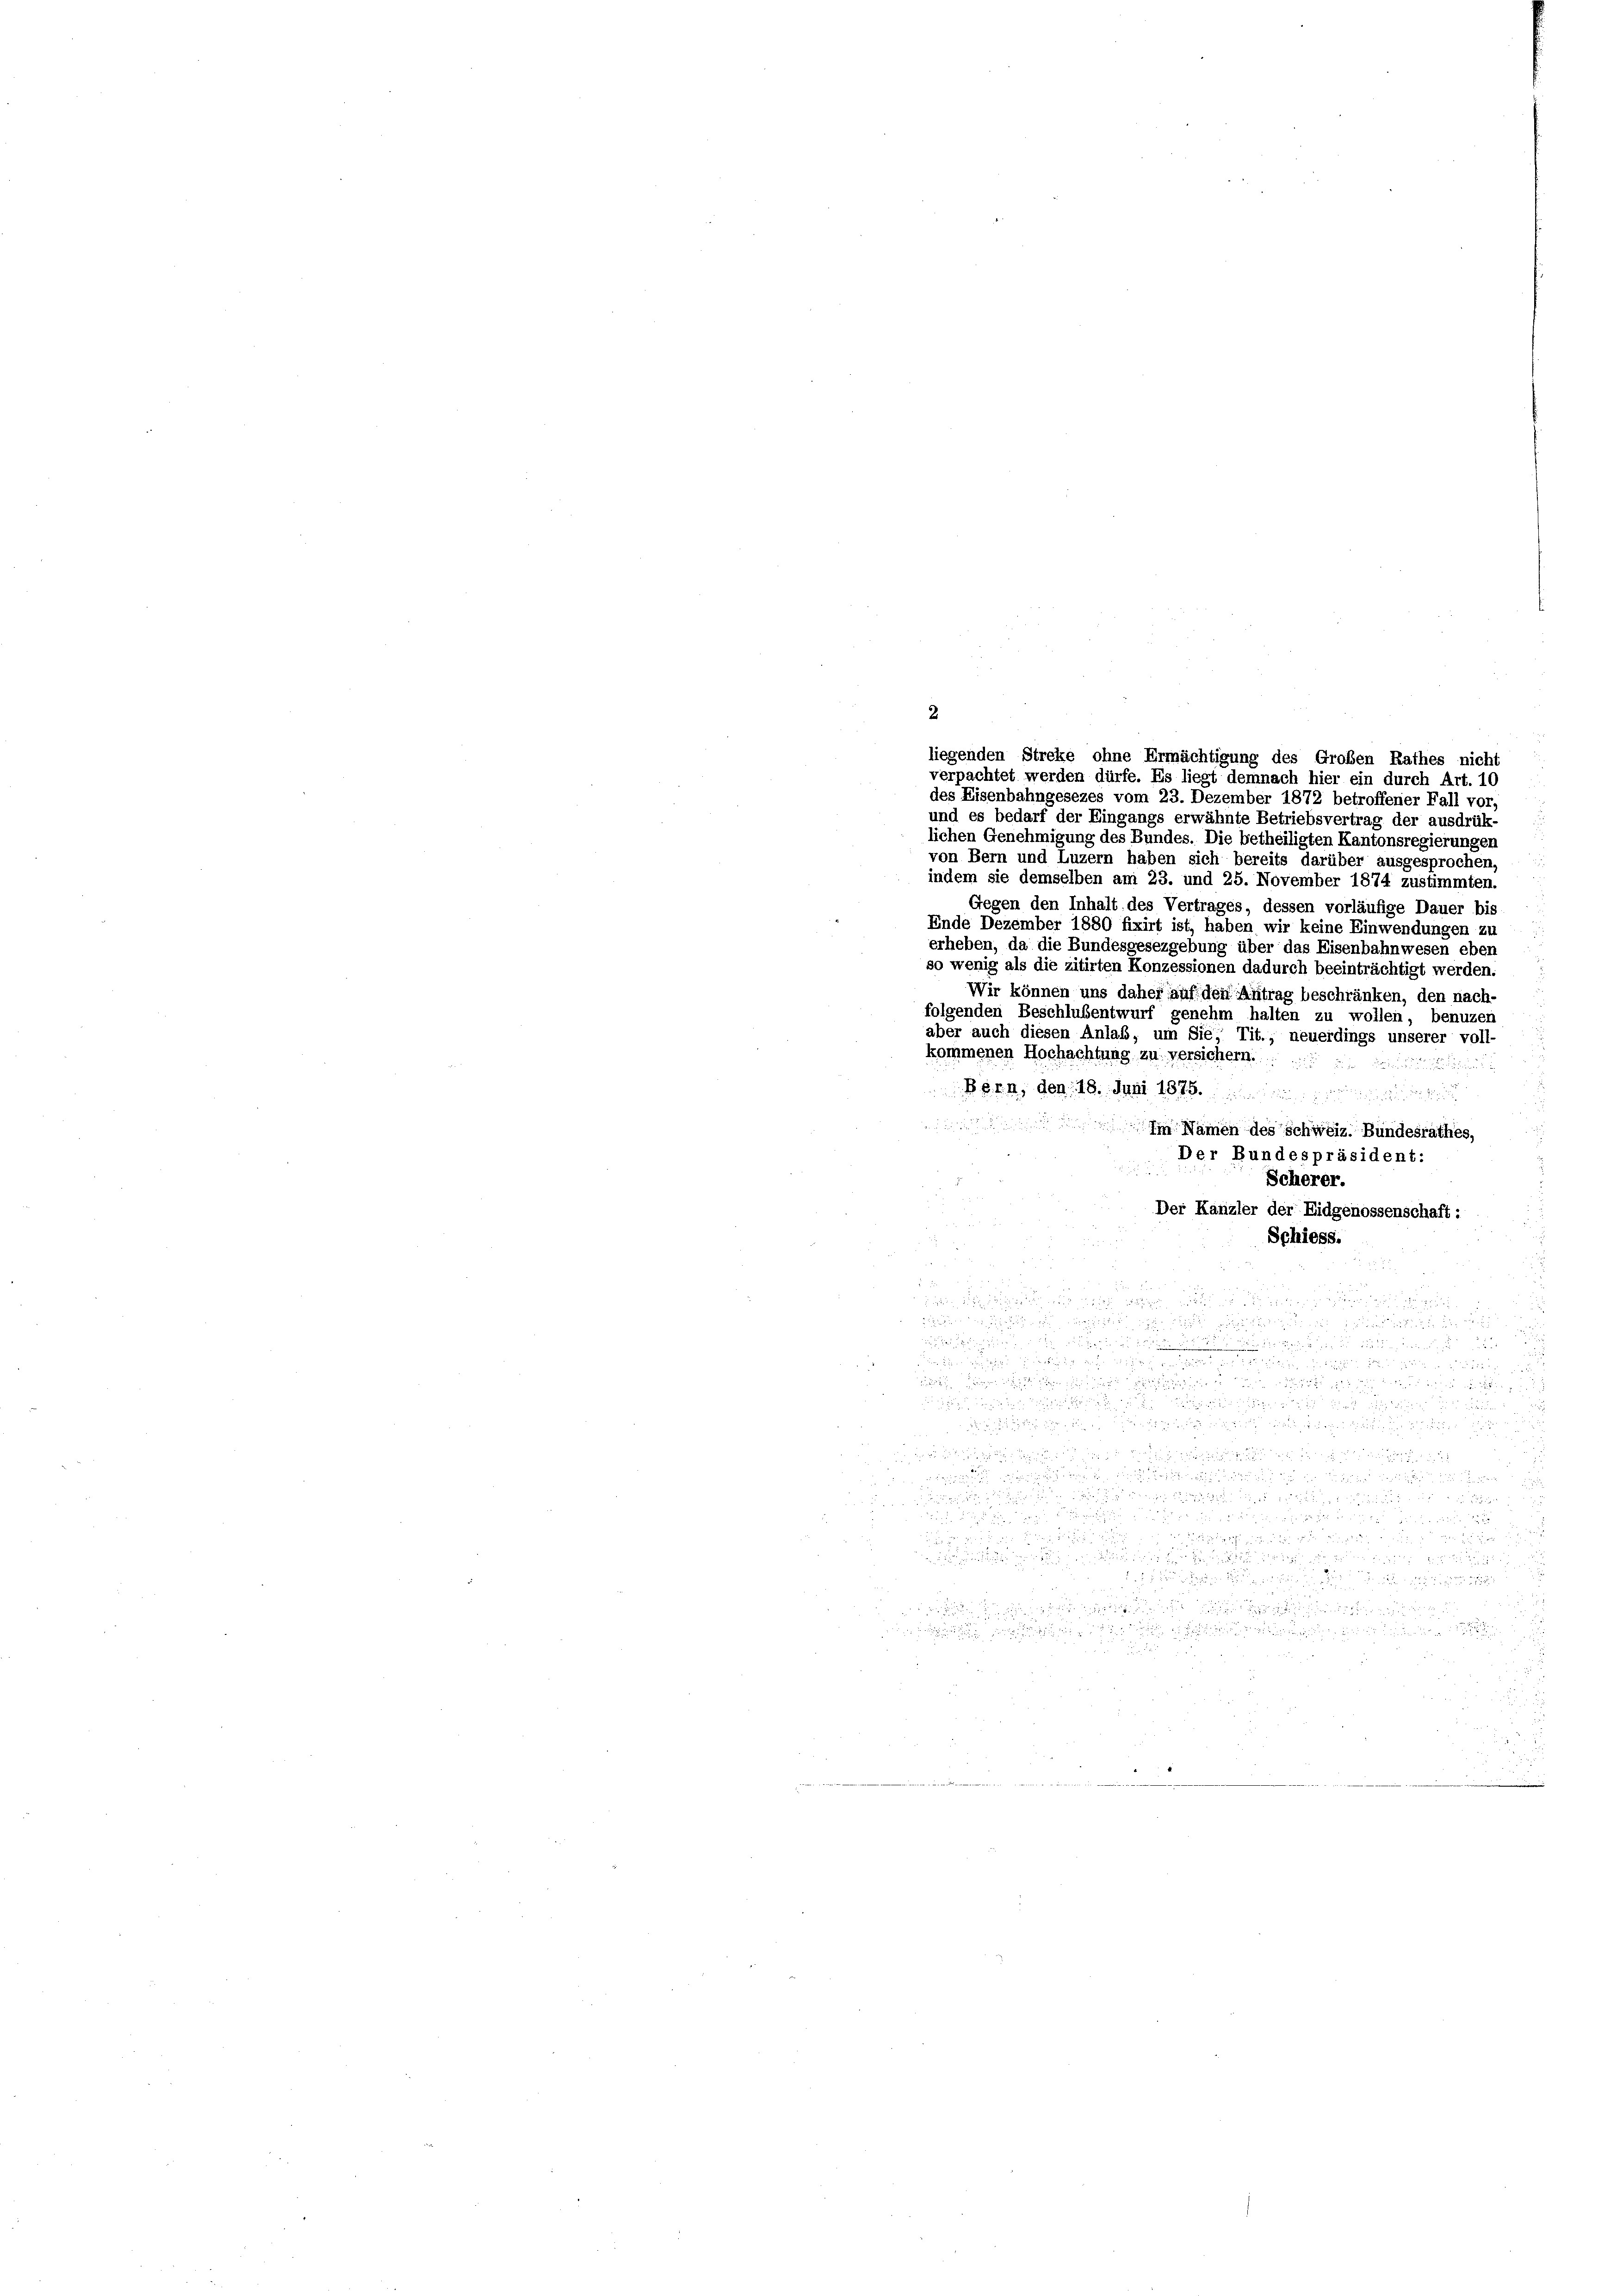
liegenden Streke ohne Ermächtigung des Großen Rathes nicht
verpachtet werden dürfe. Es liegt demnach hier ein durch Art. 10
des Eisenbahngesezes vom 23. Dezember 1872 betroffener Fall vor,
und es bedarf der Eingangs erwähnte Betriebsvertrag der ausdrük-
lichen Genehmigung des Bundes. Die betheiligten Kantonsregierungen
von Bern und Luzern haben sich bereits darüber ausgesprochen,
indem sie demselben am 23. und 25. November 1874 zustimmten.
Gegen den Inhalt des Vertrages, dessen vorläufige Dauer bis
Ende Dezember 1880 fixirt ist, haben wir keine Einwendungen zu
erheben, da die Bundesgesezgebung über das Eisenbahnwesen eben
so wenig als die zitirten Konzessionen dadurch beeinträchtigt werden.
Wir können uns daher auf den Antrag beschränken, den nach-
folgenden Beschlußsentwurf genehm halten zu wollen, benuzer
aber auch diesen Anlaß, um Sie, Tit., neuerdings unserer voll-
kommenen Hochachtung zu versichern.

Born, den 18. Juni 1875.

Im Namen des Schweiz. Bundesrathes,
Der Bundespräsident:
Scherer.
Der Kanzler der Eidgenossenschaft:
u
Schiess.

im 2ten bei an

   und dann
d

 s
i
n u es
 d

 e g
  den

e

th

d
 einen neuerung